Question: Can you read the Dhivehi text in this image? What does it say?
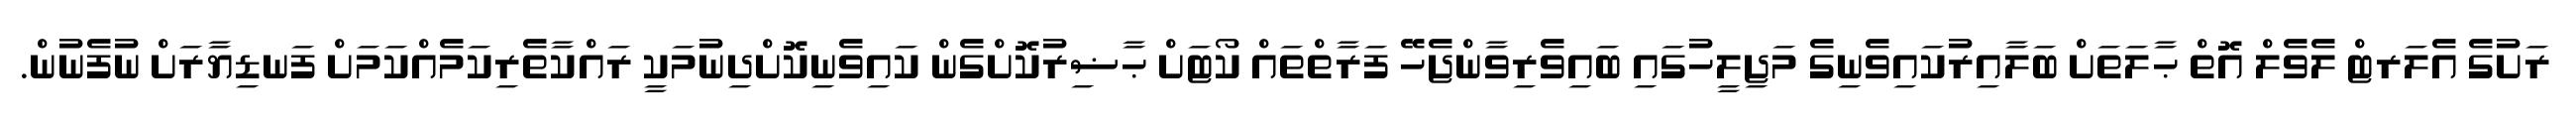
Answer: ރަށުގެ އެލަރޓް ލެވެލް އޮތް ޙާލަތަށް ބަލާއިރުކައިވެނިގެ މަޖިލީހުގައި ބައިވެރިވާންޖެހޭ ފަރާތްތައް ކޯޓަށް ޙާޟިރުކޮށްގެން ކައިވެނިކޮށްދިނުމަކީ ރައްކާތެރިކަމެއްކަމަށް ފަނޑިޔާރަށް ނުފެނުން.